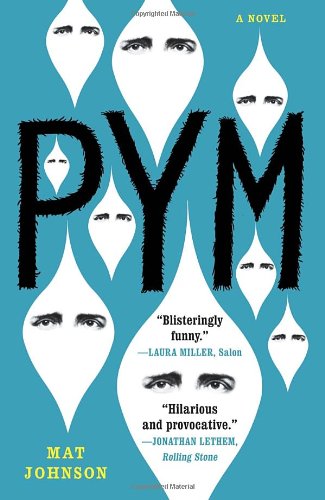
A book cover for Pym: A Novel; Mat Johnson; Science Fiction & Fantasy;